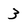
Character: 3